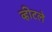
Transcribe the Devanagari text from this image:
व्हीटले